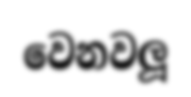
වෙනවලූ